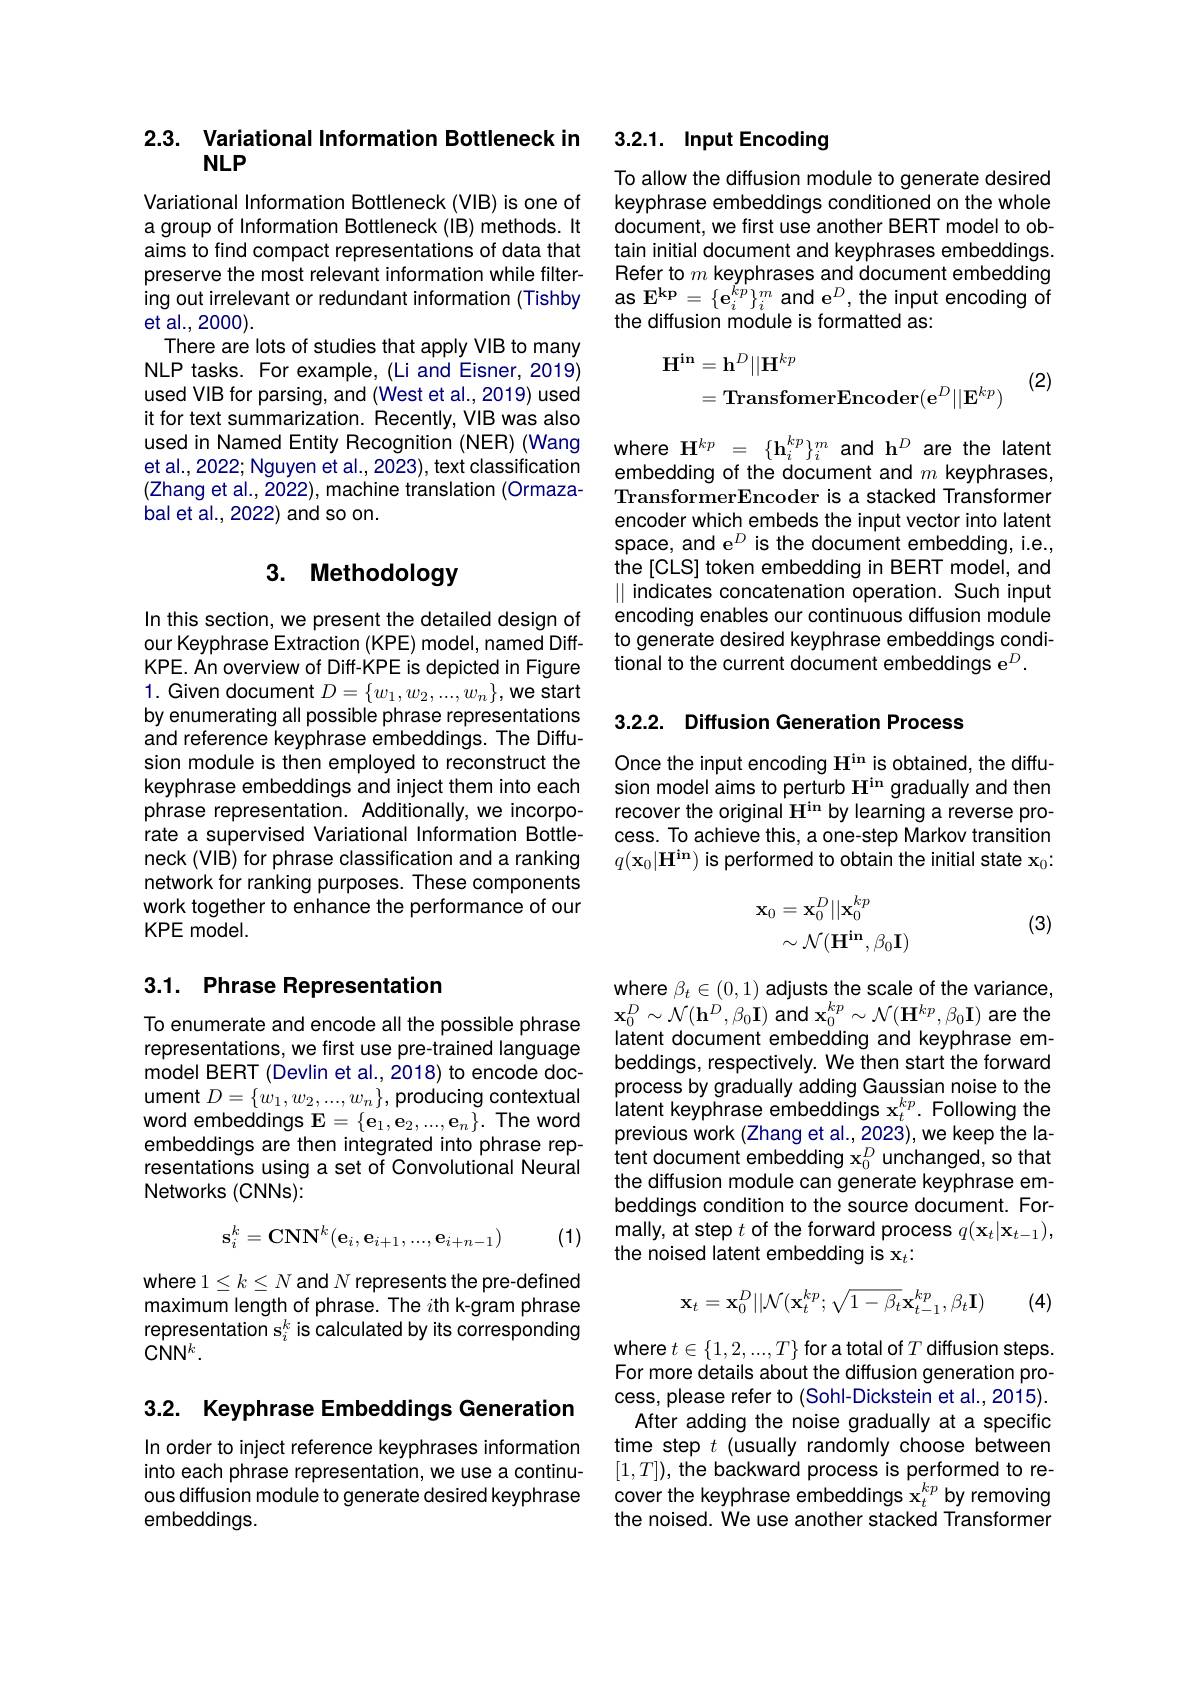
## 2.3. Variational Information Bottleneck in $NLP$

Variational Information Bottleneck (VIB) is one of a group of Information Bottleneck (IB) methods. It aims to find compact representations of data that preserve the most relevant information while filtering out irrelevant or redundant information (Tishby et al., 2000).
There are lots of studies that apply VIB to many NLP tasks. For example, (Li and Eisner, 2019) used VIB for parsing, and (West et al., 2019) used it for text summarization. Recently, VIB was also used in Named Entity Recognition (NER) (Wang et al., 2022; Nguyen et al., 2023), text classification (Zhang et al., 2022), machine translation (Ormazabal et al., 2022) and so on.

# 3. Methodology

In this section, we present the detailed design of our Keyphrase Extraction (KPE) model, named DiffKPE. An overview of Diff-KPE is depicted in Figure 1. Given document $D=\{w_1,w_2,...,w_n\}$,we start by enumerating all possible phrase representations and reference keyphrase embeddings. The Diffusion module is then employed to reconstruct the keyphrase embeddings and inject them into each phrase representation. Additionally, we incorporate a supervised Variational Information Bottleneck (VIB) for phrase classification and a ranking network for ranking purposes. These components work together to enhance the performance of our KPE model.

## 3.1. Phrase Representation

To enumerate and encode all the possible phrase representations, we first use pre-trained language model BERT (Devlin et al., 2018) to encode document $D=\{\dot{w}_{1},w_{2},...,w_{n}\}$, producing contextual word embeddings $\mathbf{E}=\{\mathbf{e}_1,\mathbf{e}_2,...,\mathbf{e}_n\}.$ The word embeddings are then integrated into phrase representations using a set of Convolutional Neural Networks (CNNs):
$$\mathbf{s}_i^k=\mathbf{CNN}^k(\mathbf{e}_i,\mathbf{e}_{i+1},...,\mathbf{e}_{i+n-1})$$
(1)

where $1\leq k\leq N$ and $N$ represents the pre-defined maximum length of phrase. The $i$th k-gram phrase representation s$_i^k$ is calculated by its corresponding $CNN^k.$

3.2. Keyphrase Embeddings Generation

In order to inject reference keyphrases information into each phrase representation, we use a continuous diffusion module to generate desired keyphrase embeddings.

## 3.2.1. Input Encoding

To allow the diffusion module to generate desired keyphrase embeddings conditioned on the whole document, we first use another BERT model to obtain initial document and keyphrases embeddings. Refer to $m$ keyphrases and document embedding $\textbf{as E}^{\mathbf{kp}}=\{\mathbf{e}_{i}^{\ddot{k}p}\}_{i}^{m}$ and e$^D$,the input encoding of the diffusion module is formatted as:
$$\begin{aligned}\mathbf{H^{in}}&=\mathbf{h}^{D}||\mathbf{H}^{kp}\\&=\mathbf{TransfomerEncoder}(\mathbf{e}^{D}||\mathbf{E}^{kp})\end{aligned}$$
(2)

where H$^kp=\{\mathbf{h}_i^{kp}\}_i^m$ and h$^D$ are the latent embedding of the document and $m$ keyphrases TransformerEncoder is a stacked Transformer encoder which embeds the input vector into latent space, and e$^D$ is the document embedding, i.e., the[CLS] token embedding in BERT model, and || indicates concatenation operation. Such input encoding enables our continuous diffusion module to generate desired keyphrase embeddings conditional to the current document embeddings e$^D.$

3.2.2. Diffusion Generation Process

Once the input encoding H$^\mathrm{in}$ is obtained, the diffusion model aims to perturb H$^\mathrm{in}$ gradually and then recover the original H$^\mathrm{in}$ by learning a reverse process. To achieve this, a one-step Markov transition $q(\mathbf{x}_0|\mathbf{H^{in}})$ is performed to obtain the initial state x$_0:$
$$\begin{aligned}\mathbf{x}_0&=\mathbf{x}_0^D||\mathbf{x}_0^{kp}\\&\sim\mathcal{N}(\mathbf{H^{in}},\beta_0\mathbf{I})\end{aligned}$$
(3)

where $\beta_t\in(0,1)$ adjusts the scale of the variance, $\mathbf{x}_{0}^{D}\sim\mathcal{N}(\mathbf{h}^{D},\beta_{0}\mathbf{I})$ and $\mathbf{x}_0^{kp}\sim\mathcal{N}(\mathbf{H}^{kp},\beta_{0}\mathbf{I})$ are the latent document embedding and keyphrase embeddings, respectively. We then start the forward process by gradually adding Gaussian noise to the latent keyphrase embeddings x$_t^{kp}.$ Following the previous work (Zhang et al., 2023), we keep the latent document embedding x$_0^D$ unchanged, so that the diffusion module can generate keyphrase embeddings condition to the source document. Formally, at step $t$ of the forward process $q(\mathbf{x}_{t}|\mathbf{x}_{t-1})$, the noised latent embedding is x$_t.$
$$\mathbf{x}_{t}=\mathbf{x}_{0}^{D}||\mathcal{N}(\mathbf{x}_{t}^{kp};\sqrt{1-\beta_{t}}\mathbf{x}_{t-1}^{kp},\beta_{t}\mathbf{I})$$
(4)

where $t\in\{1,2,...,T\}$ for a total of $T$ diffusion steps. For more details about the diffusion generation process, please refer to (SohI-Dickstein et al., 2015).
After adding the noise gradually at a specific time step $t$ (usually randomly choose between $[1,T])$, the backward process is performed to recover the keyphrase embeddings $\mathbf{x}_{t}^{kp}$ by removing the noised. We use another stacked Transformer